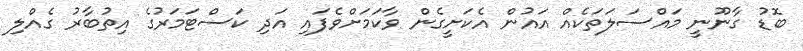
ބޮޑު ގާނޫނީ މައްސަލަތަކެއް އައުން އެކަށީގެން ވާކަމަށްވެފައި އަދި ކަސްޓަމަރުގެ އިތުބާރު ގެއްލި